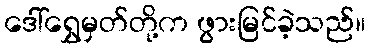
ဒေါ်ရွှေမှတ်တို့က ဖွားမြင်ခဲ့သည်။